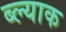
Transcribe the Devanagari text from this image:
ब्ल्याक